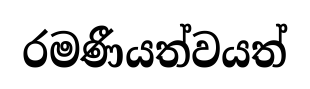
රමණීයත්වයත්